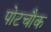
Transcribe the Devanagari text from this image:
पोटचौक